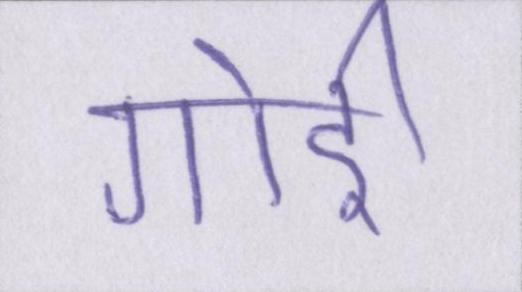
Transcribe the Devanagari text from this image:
गोई